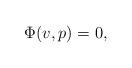
LaTeX: \begin{align*}\Phi(v,p) = 0,\end{align*}